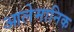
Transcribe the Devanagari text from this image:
आलेमानिक